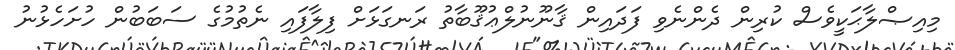
މިއިޞްލާޙަކީވެސް ކުރިން ދެންނެވި ފަދައިން ޤާނޫނުލްޢުޤޫބާތު ރަނގަޅަށް ފިލާފައި ނެތުމުގެ ސަބަބުން ހުށަހެޅުނު